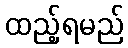
ထည့်ရမည်